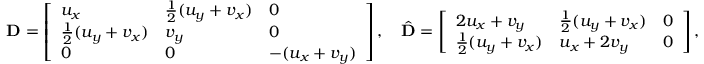
\mathbf { D } = \left[ \begin{array} { l l l } { u _ { x } } & { \frac 1 2 ( u _ { y } + v _ { x } ) } & { 0 } \\ { \frac 1 2 ( u _ { y } + v _ { x } ) } & { v _ { y } } & { 0 } \\ { 0 } & { 0 } & { - ( u _ { x } + v _ { y } ) } \end{array} \right] , \quad \hat { \mathbf { D } } = \left[ \begin{array} { l l l } { 2 u _ { x } + v _ { y } } & { \frac 1 2 ( u _ { y } + v _ { x } ) } & { 0 } \\ { \frac 1 2 ( u _ { y } + v _ { x } ) } & { u _ { x } + 2 v _ { y } } & { 0 } \end{array} \right] ,